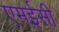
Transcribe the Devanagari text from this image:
एमईसी